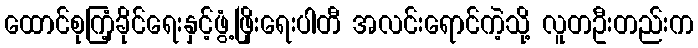
ထောင်စုကြံ့ခိုင်ရေးနှင့်ဖွံ့ဖြိုးရေးပါတီ အလင်းရောင်ကဲ့သို့ လူတဦးတည်းက